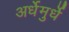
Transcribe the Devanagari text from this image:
अर्धेमुर्धे